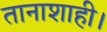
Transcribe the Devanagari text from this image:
तानाशाही।